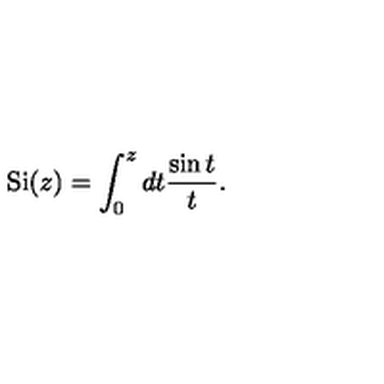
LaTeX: \mathrm { S i } ( z ) = \int _ { 0 } ^ { z } d t { \frac { \sin t } { t } } .